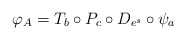
\begin{align*}\varphi_A=T_b\circ P_c\circ D_{e^s}\circ \psi_a\end{align*}